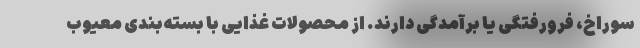
سوراخ، فرورفتگی یا برآمدگی دارند. از محصولات غذایی با بسته‌بندی معیوب